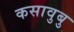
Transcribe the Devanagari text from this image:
कसावुबु